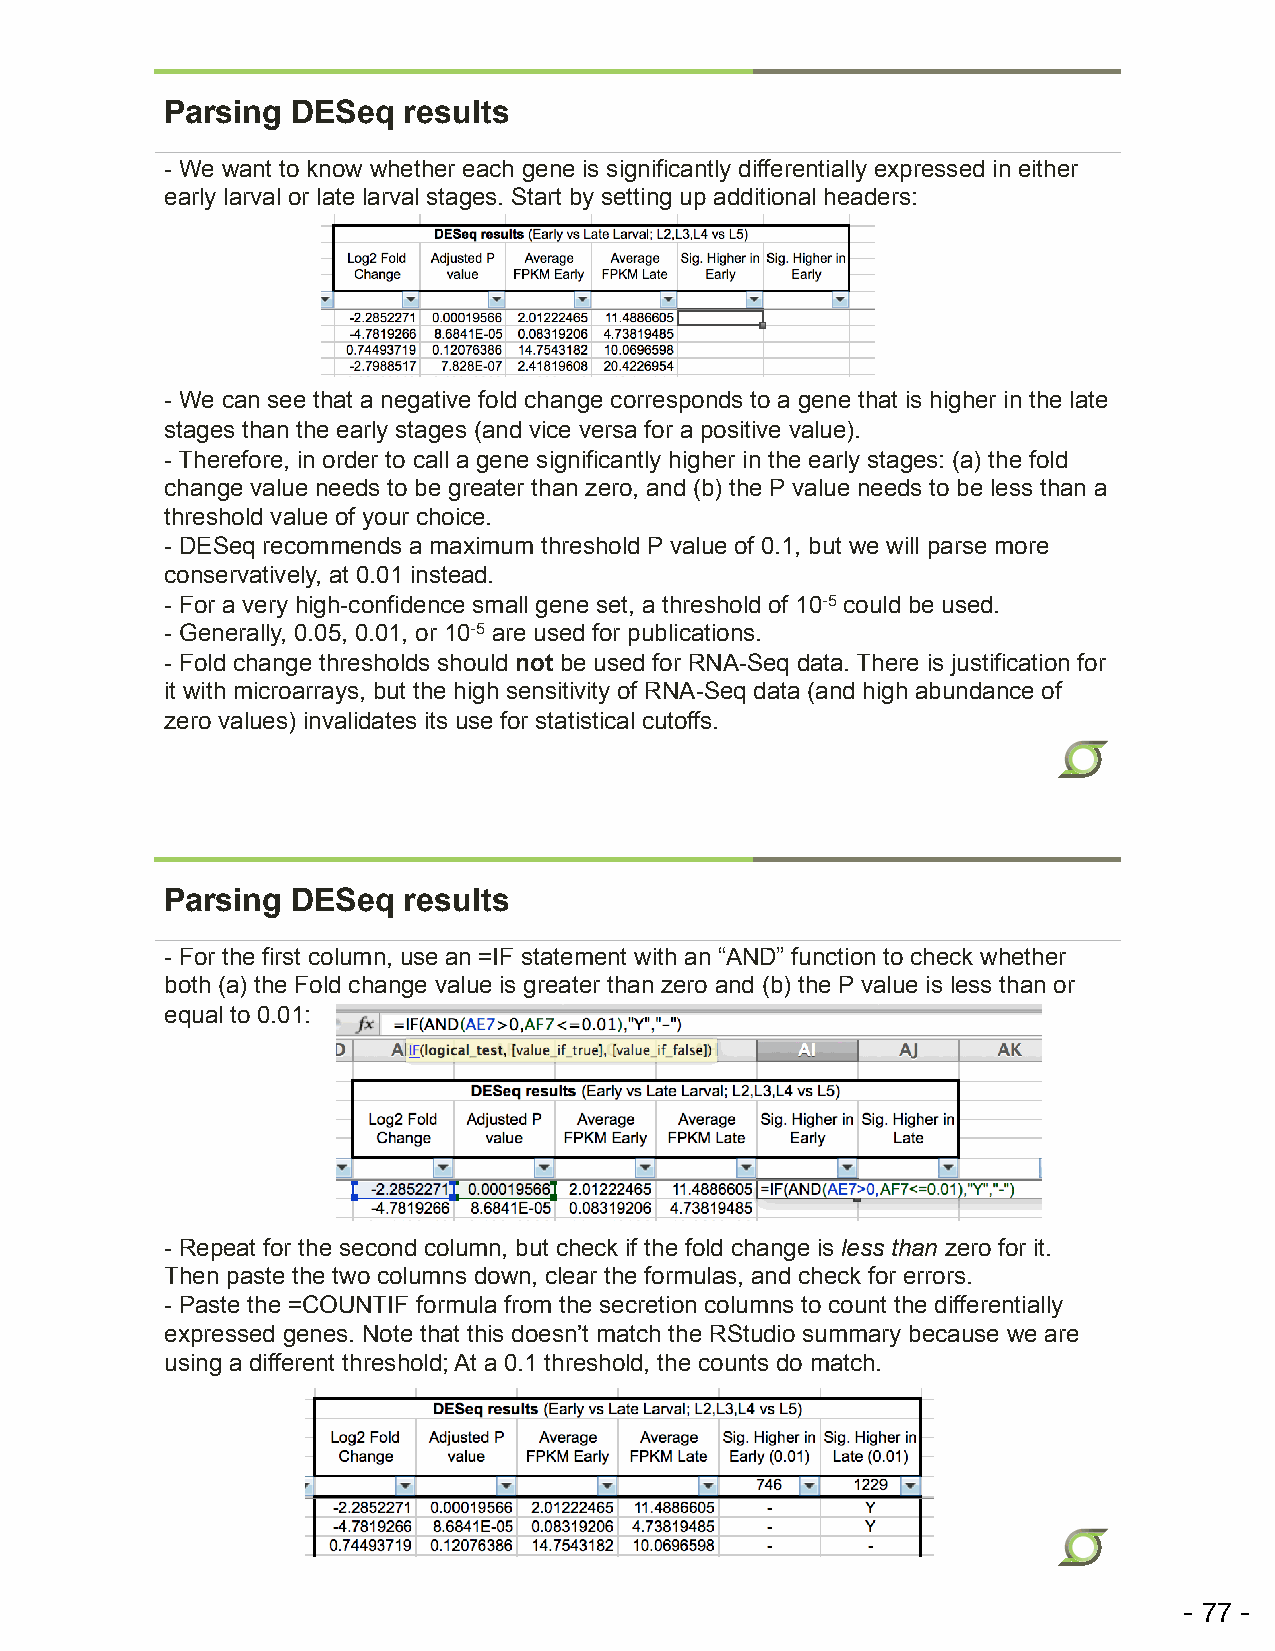
Parsing DESeq   results
 - We want to know whether each gene is significantly differentially expressed in either
 early larval or late larval stages. Start by setting up additional headers:
 - We can see that a negative fold change corresponds to a gene that is higher in the late
 stages than the early stages (and vice versa for a positive value).
 - Therefore, in order to call a gene significantly higher in the early stages: (a) the fold
 change value needs to be greater than zero, and (b) the P value needs to be less than a
 threshold value of your choice.
 - DESeq recommends a maximum threshold P value of 0.1, but we will parse more
 conservatively, at 0.01 instead.
 - For a very high-confidence small gene set, a threshold of 10-5 could be used.
 - Generally, 0.05, 0.01, or 10-5 are used for publications.
 - Fold change thresholds should not be used for RNA-Seq data. There is justification for
 it with microarrays, but the high sensitivity of RNA-Seq data (and high abundance of
 zero values) invalidates its use for statistical cutoffs.
 Parsing DESeq   results
 - For the first column, use an =IF statement with an “AND” function to check whether
 both (a) the Fold change value is greater than zero and (b) the P value is less than or
 equal to 0.01:
 - Repeat for the second column, but check if the fold change is less than zero for it.
 Then paste the two columns down, clear the formulas, and check for errors.
 - Paste the =COUNTIF formula from the secretion columns to count the differentially
 expressed genes. Note that this doesn’t match the RStudio summary because we are
 using a different threshold; At a 0.1 threshold, the counts do match.